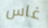
غاس